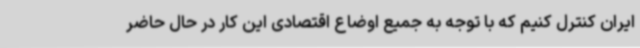
ایران کنترل کنیم که با توجه به جمیع اوضاع اقتصادی این کار در حال حاضر